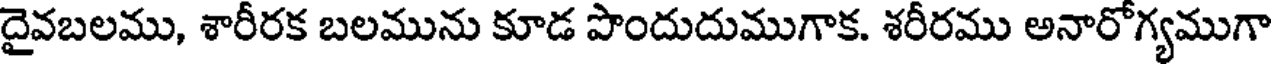
దైవబలము, శారీరక బలమును కూడ పొందుదుముగాక. శరీరము అనారోగ్యముగా